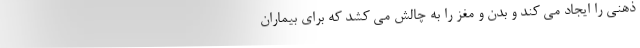
ذهنی را ایجاد می کند و بدن و مغز را به چالش می کشد که برای بیماران